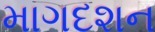
માગદશન